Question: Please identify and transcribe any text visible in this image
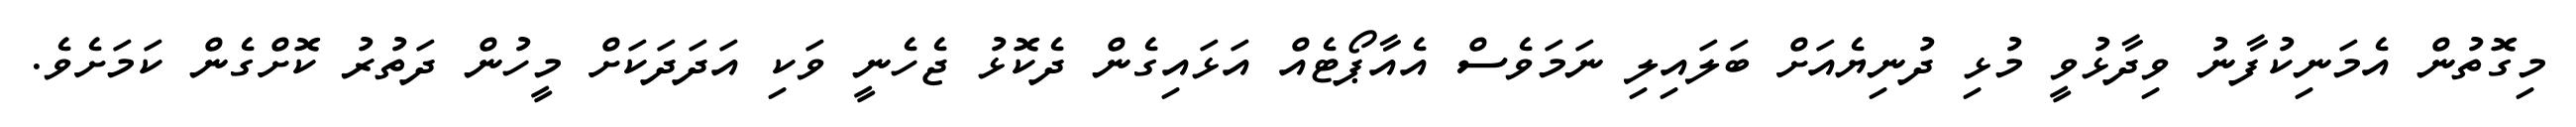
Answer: މިގޮތުން އެމަނިކުފާނު ވިދާޅުވީ މުޅި ދުނިޔެއަށް ބަލައިލި ނަމަވެސް އެއާޕޯޓެއް އަޅައިގެން ދެކޮޅު ޖެހެނީ ވަކި އަދަދަކަށް މީހުން ދަތުރު ކޮށްގެން ކަމަށެވެ.